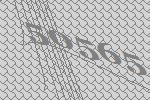
50565